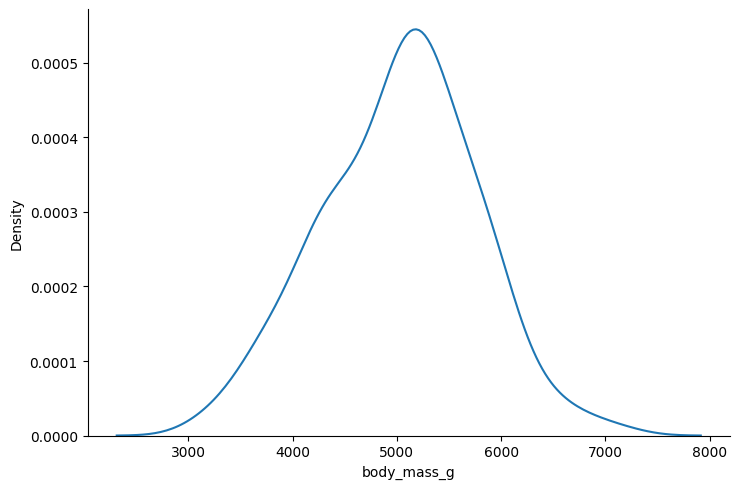
python, seaborn, displot, kind='kde', column='body_mass_g', hue='all', height=5, aspect=1.5